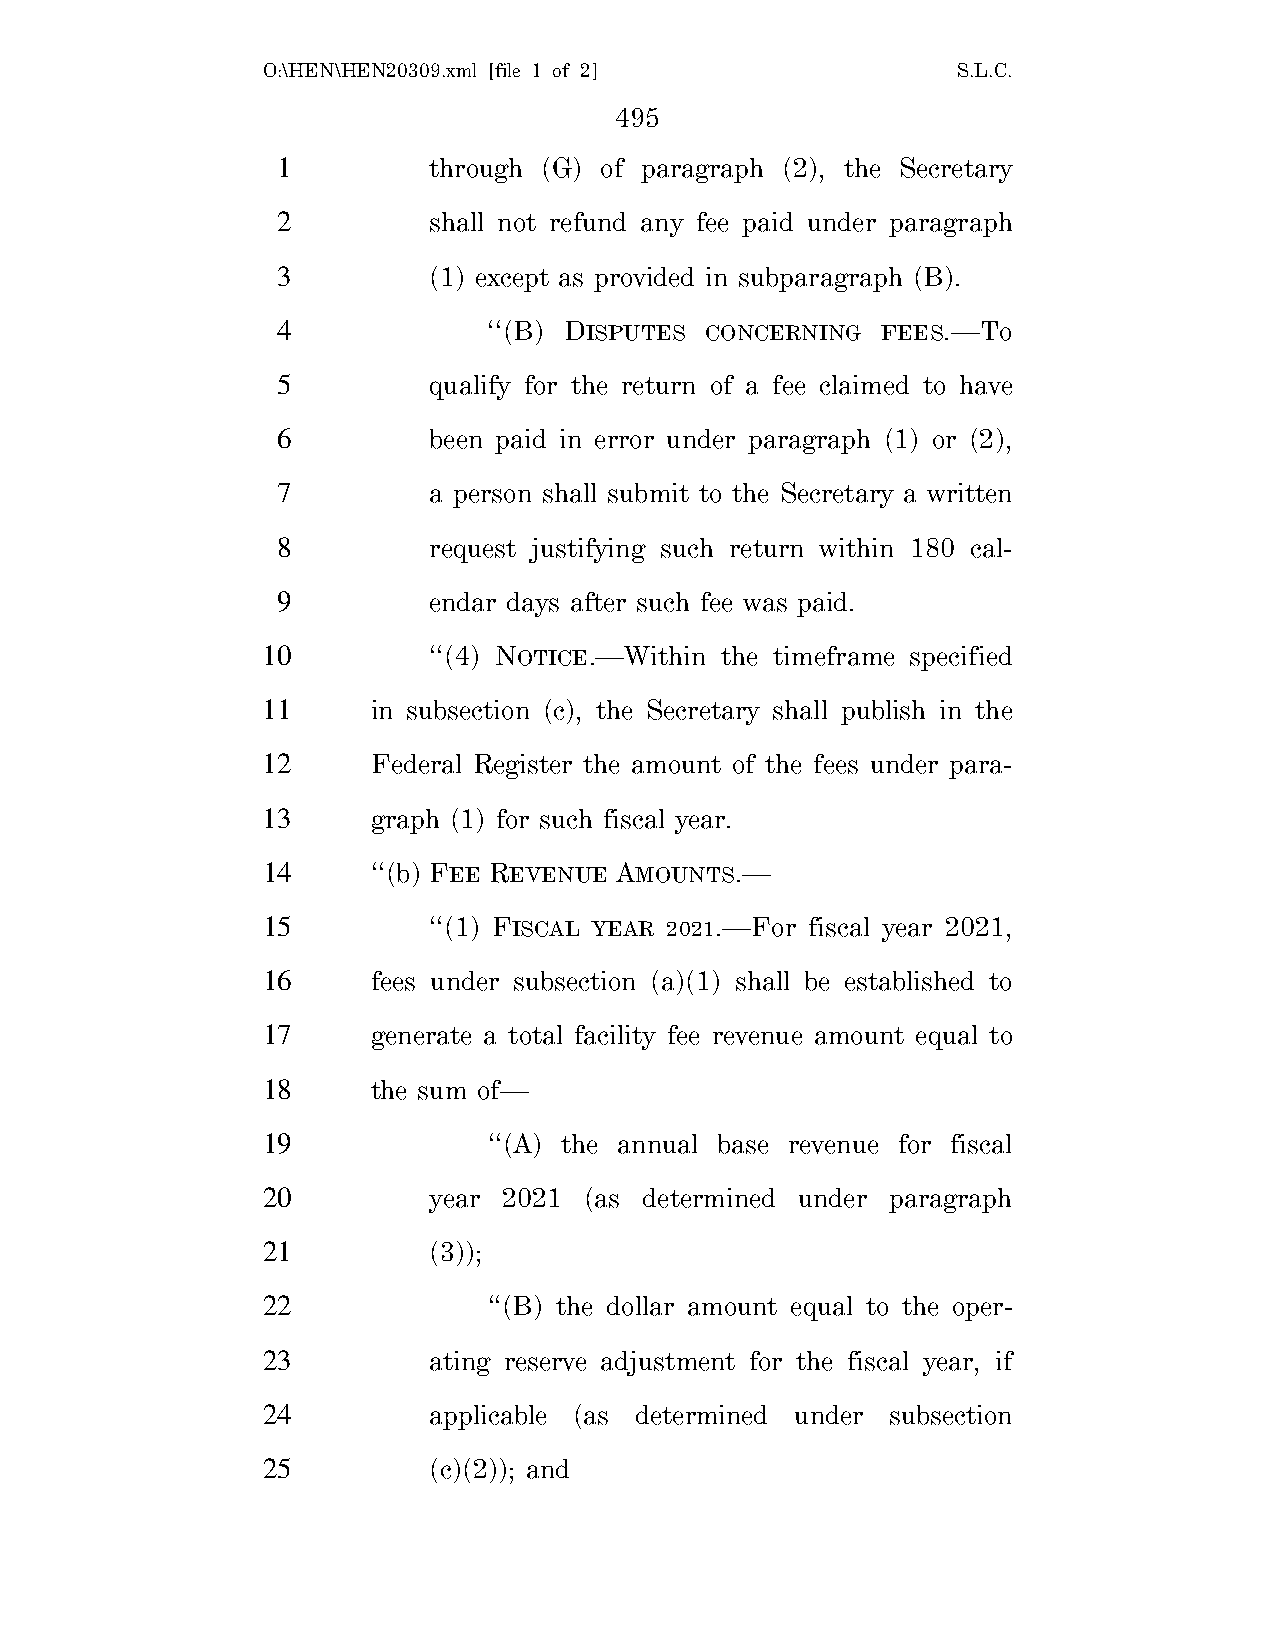
O:\HEN\HEN20309.xml [file 1 of 2]             S.L.C.
 495
 1         through (G) of paragraph (2), the Secretary
 2         shall not refund any fee paid under paragraph
 3         (1) except as provided in subparagraph (B).
 4             ‘‘(B) DISPUTES CONCERNING FEES.—To
 5         qualify for the return of a fee claimed to have
 6         been paid in error under paragraph (1) or (2),
 7         a person shall submit to the Secretary a written
 8         request justifying such return within 180 cal-
 9         endar days after such fee was paid.
 10         ‘‘(4) NOTICE.—Within the timeframe specified
 11      in subsection (c), the Secretary shall publish in the
 12      Federal Register the amount of the fees under para-
 13      graph (1) for such fiscal year.
 14      ‘‘(b) FEE REVENUE AMOUNTS.—
 15         ‘‘(1) FISCAL YEAR 2021.—For fiscal year 2021,
 16      fees under subsection (a)(1) shall be established to
 17      generate a total facility fee revenue amount equal to
 18      the sum of—
 19             ‘‘(A) the annual base revenue for fiscal
 20         year 2021  (as determined under paragraph
 21         (3));
 22             ‘‘(B) the dollar amount equal to the oper-
 23         ating reserve adjustment for the fiscal year, if
 24         applicable (as determined under subsection
 25         (c)(2)); and